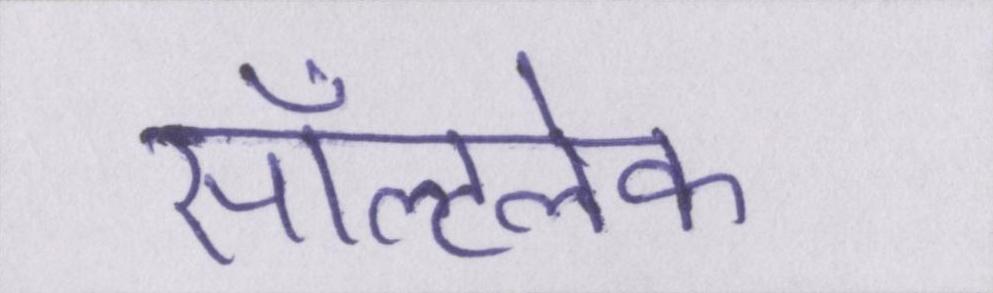
सॉल्टलेक